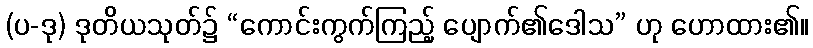
(ပ-ဒု) ဒုတိယသုတ်၌ “ကောင်းကွက်ကြည့် ပျောက်၏ဒေါသ” ဟု ဟောထား၏။